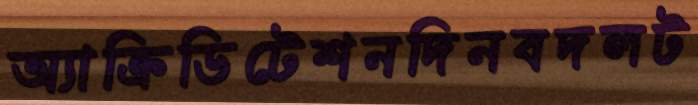
অ্যাক্রিডিটেশনদিনবদলট